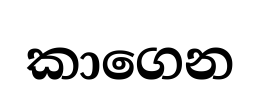
කාගෙන